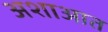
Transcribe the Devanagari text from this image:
अशाआत